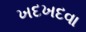
ખદખદવા